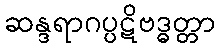
ဆန္ဒရာဂပ္ပဋိဗဒ္ဓတ္တာ